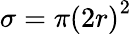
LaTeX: \sigma=\pi\left(2r\right)^{2}